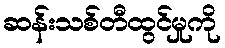
ဆန်းသစ်တီထွင်မှုကို